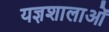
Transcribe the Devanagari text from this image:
यज्ञशालाओं